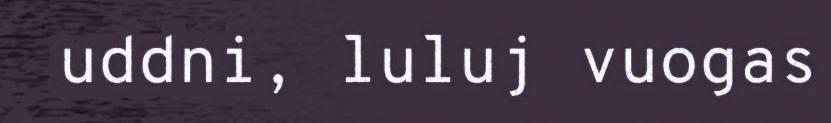
uddni, luluj vuogas